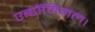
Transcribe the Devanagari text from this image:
एब्डॉमिनल।